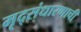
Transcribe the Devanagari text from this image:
मृद्संधारणाची